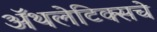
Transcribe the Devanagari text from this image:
अॅथलेटिक्सचे